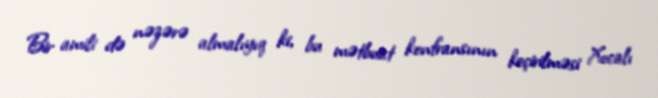
Bir amili də nəzərə almalıyıq ki, bu mətbuat konfransının keçirilməsi Xocalı